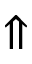
\Uparrow